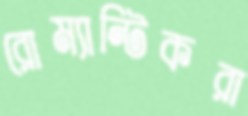
রোম্যান্টিকরা